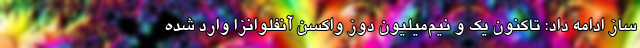
ساز ادامه داد: تاکنون یک و نیم‌میلیون دوز واکسن آنفلوانزا وارد شده